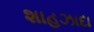
શાહઝાદા